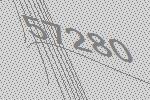
57280